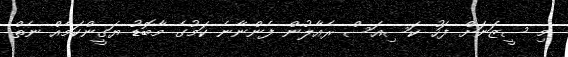
މި ސީޒަނަށް ފަހު ކަސިއަސް ރެއާލުން ފެންނާނެ ކަމުގެ މާބޮޑު ޔަގީންކަމެއް ނެތް